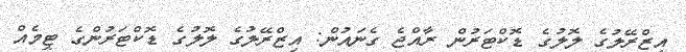
އިޒްރޭލުގެ ލޮލުގެ ޑޮކްޓަރުން ރާއްޖެ ގެނައުން: އިޒްރޭލުގެ ލޮލުގެ ޑޮކްޓަރުންގެ ޓީމެއް